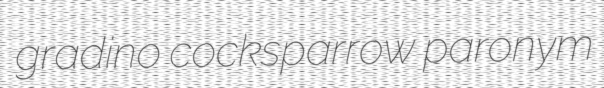
gradino cocksparrow paronym